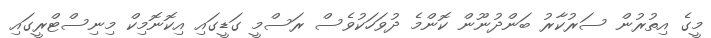
މީގެ އިތުރުން ސަރުކާރު ބަންދުނޫން ކޮންމެ ދުވަހަކުވެސް ރަސްމީ ގަޑީގައި އިކޮނޮމިކް މިނިސްޓްރީގައި